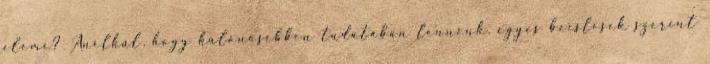
eleme? Anélkül, hogy különösebben tudatában lennénk, egyes becslések szerint